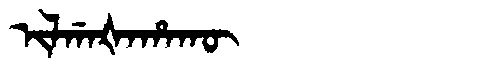
Manchu: ᡳᠯᡤᠠᡧᠠᡥᠠᡴᡡ
Romanization: ILGAŠAHAKŪ